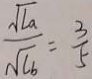
\frac { \sqrt { l a } } { \sqrt { l b } } = \frac { 3 } { 5 }